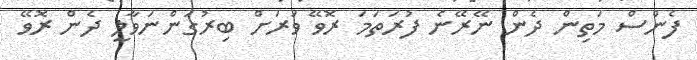
ފެންސް މަތިން ދެން ނޭރޭނެ ފުރަތަމަ ރޮވޭ ވަރަށް ބިރުގަންނަވާލީ ދެން ރޮވޭ